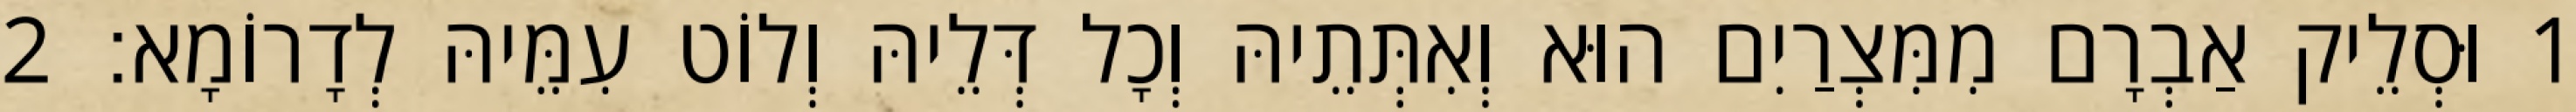
1 וּסְלֵיק אַבְרָם מִמִּצְרַיִם הוּא וְאִתְּתֵיהּ וְכָל דְּלֵיהּ וְלוֹט עִמֵּיהּ לְדָרוֹמָא׃ 2